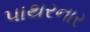
પાથરનાર